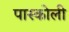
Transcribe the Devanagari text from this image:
पास्कोली